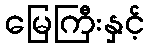
မြေကြီးနှင့်